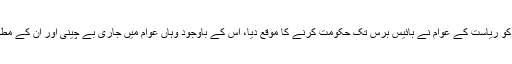
کہا جارہا ہے کہ بی جے پی کو ریاست کے عوام نے بائیس برس تک حکومت کرنے کا موقع دیا، اس کے باوجود وہاں عوام میں جاری بے چینی اور ان کے مطالبے کو پورا نہیں کیا جاسکا۔